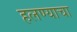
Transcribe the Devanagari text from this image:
हलण्याचा